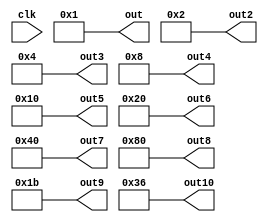
/////////////////////////////////////////////////////////////////////
////                                                             ////
////  AES RCON Block                                             ////
////                                                             ////
////                                                             ////
////          rudi@asics.ws                                      ////
////                                                             ////
////                                                             ////
////  Downloaded from: http://www.opencores.org/cores/aes_core/  ////
////                                                             ////
/////////////////////////////////////////////////////////////////////
////                                                             ////
//// Copyright (C) 2000-2002 Rudolf Usselmann                    ////
////                         www.asics.ws                        ////
////                         rudi@asics.ws                       ////
////                                                             ////
//// This source file may be used and distributed without        ////
//// restriction provided that this copyright statement is not   ////
//// removed from the file and that any derivative work contains ////
//// the original copyright notice and the associated disclaimer.////
////                                                             ////
////     THIS SOFTWARE IS PROVIDED ``AS IS'' AND WITHOUT ANY     ////
//// EXPRESS OR IMPLIED WARRANTIES, INCLUDING, BUT NOT LIMITED   ////
//// TO, THE IMPLIED WARRANTIES OF MERCHANTABILITY AND FITNESS   ////
//// FOR A PARTICULAR PURPOSE. IN NO EVENT SHALL THE AUTHOR      ////
//// OR CONTRIBUTORS BE LIABLE FOR ANY DIRECT, INDIRECT,         ////
//// INCIDENTAL, SPECIAL, EXEMPLARY, OR CONSEQUENTIAL DAMAGES    ////
//// (INCLUDING, BUT NOT LIMITED TO, PROCUREMENT OF SUBSTITUTE   ////
//// GOODS OR SERVICES; LOSS OF USE, DATA, OR PROFITS; OR        ////
//// BUSINESS INTERRUPTION) HOWEVER CAUSED AND ON ANY THEORY OF  ////
//// LIABILITY, WHETHER IN  CONTRACT, STRICT LIABILITY, OR TORT  ////
//// (INCLUDING NEGLIGENCE OR OTHERWISE) ARISING IN ANY WAY OUT  ////
//// OF THE USE OF THIS SOFTWARE, EVEN IF ADVISED OF THE         ////
//// POSSIBILITY OF SUCH DAMAGE.                                 ////
////                                                             ////
/////////////////////////////////////////////////////////////////////



`timescale 1 ns/1 ps

module aes_rcon(clk,out,out2,out3,out4,out5,out6,out7,out8,out9,out10);

input		clk;

output [7:0] out,out2,out3,out4,out5,out6,out7,out8,out9,out10;



assign		out  = frcon(0);
assign		out2 = frcon(1); 
assign		out3 = frcon(2);
assign		out4 = frcon(3);
assign		out5 = frcon(4);
assign		out6 = frcon(5);
assign		out7 = frcon(6); 
assign		out8 = frcon(7);
assign		out9 = frcon(8);
assign		out10 = frcon(9);		 

function [7:0]	frcon;

input	[3:0]	i;

case(i)	// synopsys parallel_case
   4'h0: frcon=8'h01;		//1
   4'h1: frcon=8'h02;		//x
   4'h2: frcon=8'h04;		//x^2
   4'h3: frcon=8'h08;		//x^3
   4'h4: frcon=8'h10;		//x^4
   4'h5: frcon=8'h20;		//x^5
   4'h6: frcon=8'h40;		//x^6
   4'h7: frcon=8'h80;		//x^7
   4'h8: frcon=8'h1b;		//x^8
   4'h9: frcon=8'h36;		//x^9
   default: frcon=8'h00;
endcase

endfunction



endmodule